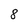
Character: 8